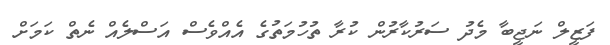
ފަޒީލް ނަޖީބާ މެދު ސަރުކާރުން ކުރާ ތުހުމަތުގެ އެއްވެސް އަސްލެއް ނެތް ކަމަށް